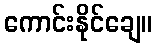
ကောင်းနိုင်ချေ။